Report of the Hyderabad Chloroform Commission
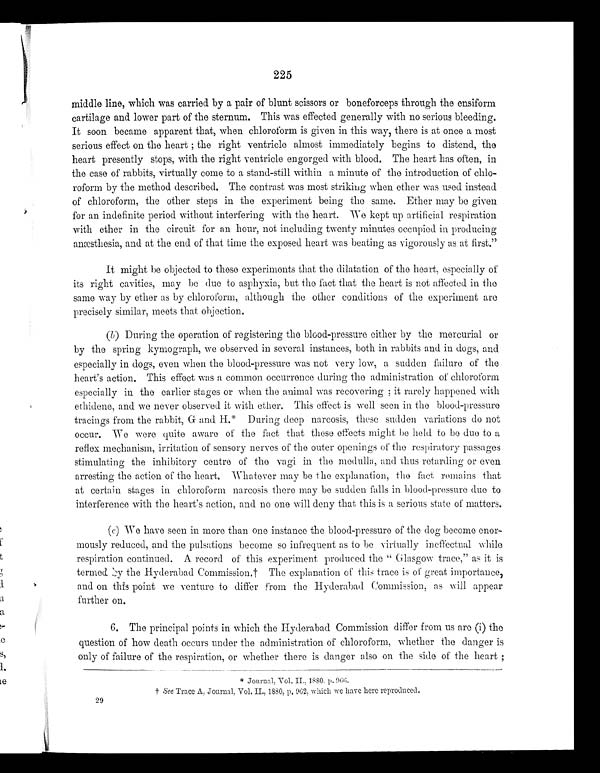
225
middle line, which was carried by a pair of blunt scissors or boneforceps through the ensiform
cartilage and lower part of the sternum. This was effected generally with no serious bleeding.
It soon became apparent that, when chloroform is given in this way, there is at once a most
serious effect on the heart; the right ventricle almost immediately begins to distend, the
heart presently stops, with the right ventricle engorged with blood. The heart has often, in
the case of rabbits, virtually come to a stand-still within a minute of the introduction of chlo-
-roform by the method described. The contrast was most striking when ether was used instead
of chloroform, the other steps in the experiment being the same. Ether may be given
for an indefinite period without interfering with the heart. We kept up artificial respiration
with ether in the circuit for an hour, not including twenty minutes occupied in producing
anæsthesia, and at the end of that time the exposed heart was beating as vigorously as at first."
It might be objected to those experiments that the dilatation of the heart, especially of
its right cavities, may be due to asphyxia, but the fact that the heart is not affected in the
same way by ether as by chloroform, although the other conditions of the experiment are
precisely similar, meets that objection.
(b) During the operation of registering the blood-pressure either by the mercurial or
by the spring kymograph, we observed in several instances, both in rabbits and in dogs, and
especially in dogs, even when the blood-pressure was not very low, a sudden failure of the
heart's action. This effect was a common occurrence during the administration of chloroform
especially in the earlier stages or when the animal was recovering; it rarely happened with
ethidene, and we never observed it with ether. This effect is well seen in the blood-pressure
tracings from the rabbit, G and H.* During deep narcosis, these sudden variations do not
occur. We were quite aware of the fact that those effects might be held to be duo to a
reflex mechanism, irritation of sensory nerves of the outer openings of the respiratory passages
stimulating the inhibitory centre of the vagi in the medulla, and thus retarding or even
arresting the action of the heart. Whatever may be the explanation, the fact remains that
at certain stages in chloroform narcosis there may be sudden falls in blood-pressure due to
interference with the heart's action, and no one will deny that this is a serious state of matters.
(c) We have seen in more than one instance the blood-pressure of the dog become enor-
mously reduced, and the pulsations become so infrequent as to be virtually ineffectual while
respiration continued. A record of this experiment produced the "Glasgow trace," as it is
termed by the Hyderabad Commission.† The explanation of this trace is of great importance,
and on this point we venture to differ from the Hyderabad Commission, as will appear
further on.
6. The principal points in which the Hyderabad Commission differ from us are (i) the
question of how death occurs under the administration of chloroform, whether the danger is
only of failure of the respiration, or whether there is danger also on the side of the heart;
*
Journal. Vol. II., 1 8 8 0 . p . 9 6 6 .
†
See Trace A, Journal, Vol, II., 1880, p. 962, which we have here reproduced.
29